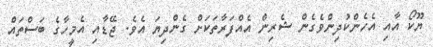
ޔޫކޯ އާއި އެހެންކުދިންވެގެން ޝެރިން އެއްފަރާތަކަށް ގެންދިޔަ އެވެ. ޖޭޑާއި އެމީހާގެ ބަސްތައް